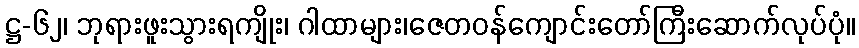
ဋ္ဌ-၆၂၊ ဘုရားဖူးသွားရကျိုး၊ ဂါထာများ၊ဇေတဝန်ကျောင်းတော်ကြီးဆောက်လုပ်ပုံ။